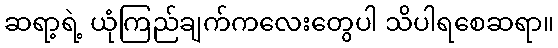
ဆရာ့ရဲ့ ယုံကြည်ချက်ကလေးတွေပါ သိပါရစေဆရာ။